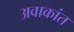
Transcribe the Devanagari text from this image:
अवाकांत